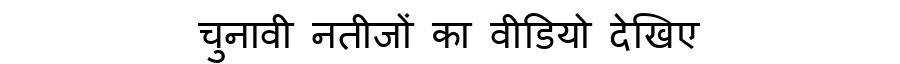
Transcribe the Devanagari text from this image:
चुनावी नतीजों का वीडियो देखिए